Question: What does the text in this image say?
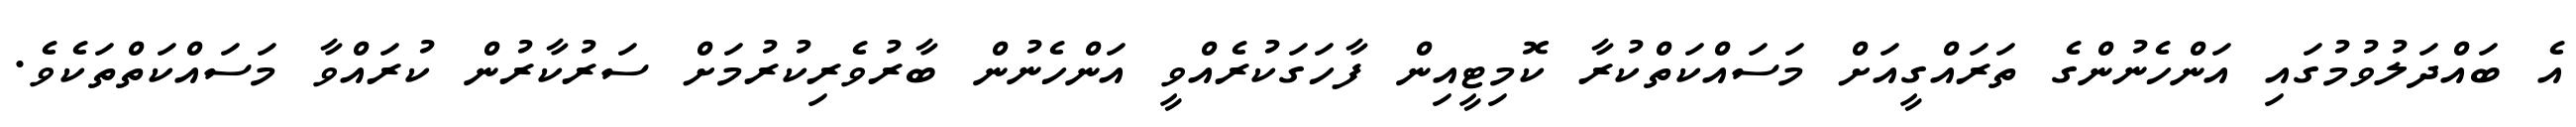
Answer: އެ ބައްދަލުވުމުގައި އަންހެނުންގެ ތަރައްގީއަށް މަސައްކަތްކުރާ ކޮމިޓީއިން ފާހަގަކުރެއްވީ އަންހެނުން ބާރުވެރިކުރުމަށް ސަރުކާރުން ކުރައްވާ މަސައްކަތްތަކެވެ.